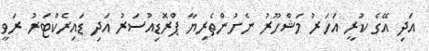
އަދި އޭގެ ކުރީ އަހަރު މަޝްހޫރު ނެށުންތެރިޔާ ޕްރޮޑިއުސަރު އަދި ޑައިރެކްޓަރު ރަވީ